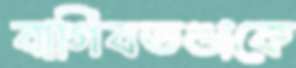
বাগিবতণ্ডাকে